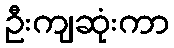
ဦးကျဆုံးကာ